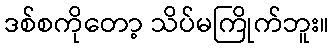
ဒစ်စကိုတော့ သိပ်မကြိုက်ဘူး။